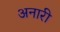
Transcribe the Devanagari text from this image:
अनारी